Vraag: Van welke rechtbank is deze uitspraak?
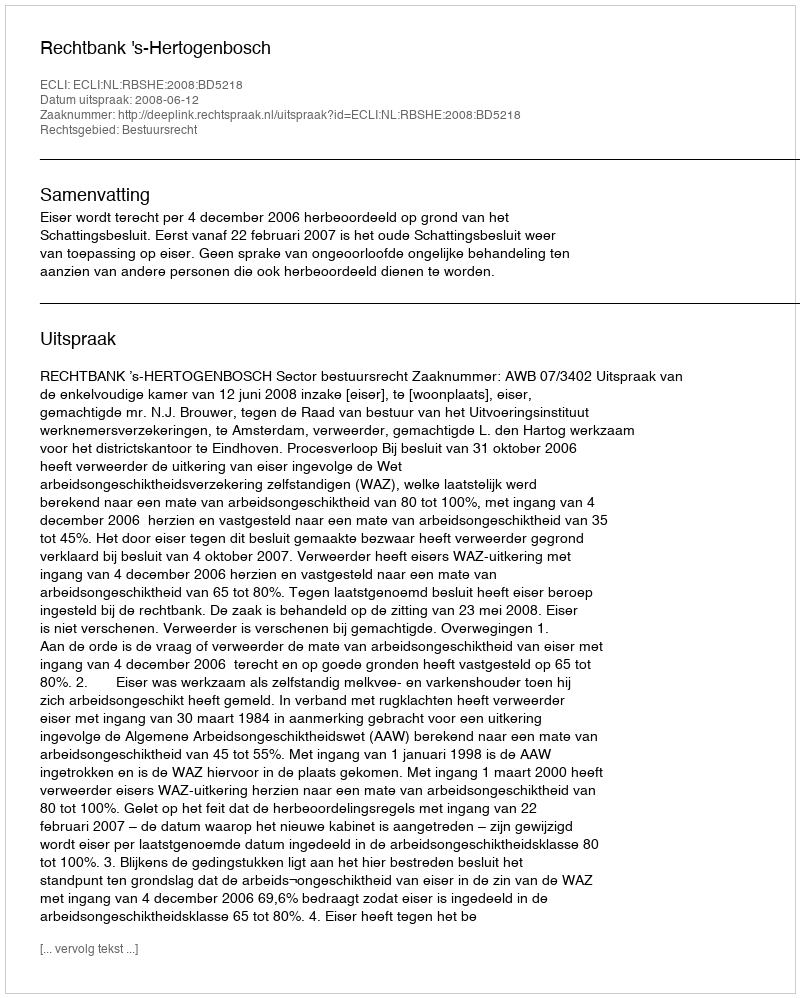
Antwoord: Rechtbank 's-Hertogenbosch